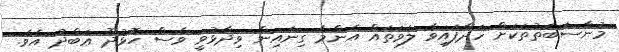
މުނާސަބަތުތަކަށް ހަދާފައިވާ ލަވަތައް އެންމެ ގިނައިން ވިދާޅުވީ ވެސް ހޮޅުދޫ ޢަބްދު އެވެ.